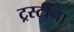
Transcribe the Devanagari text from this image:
ट्रस्टींना